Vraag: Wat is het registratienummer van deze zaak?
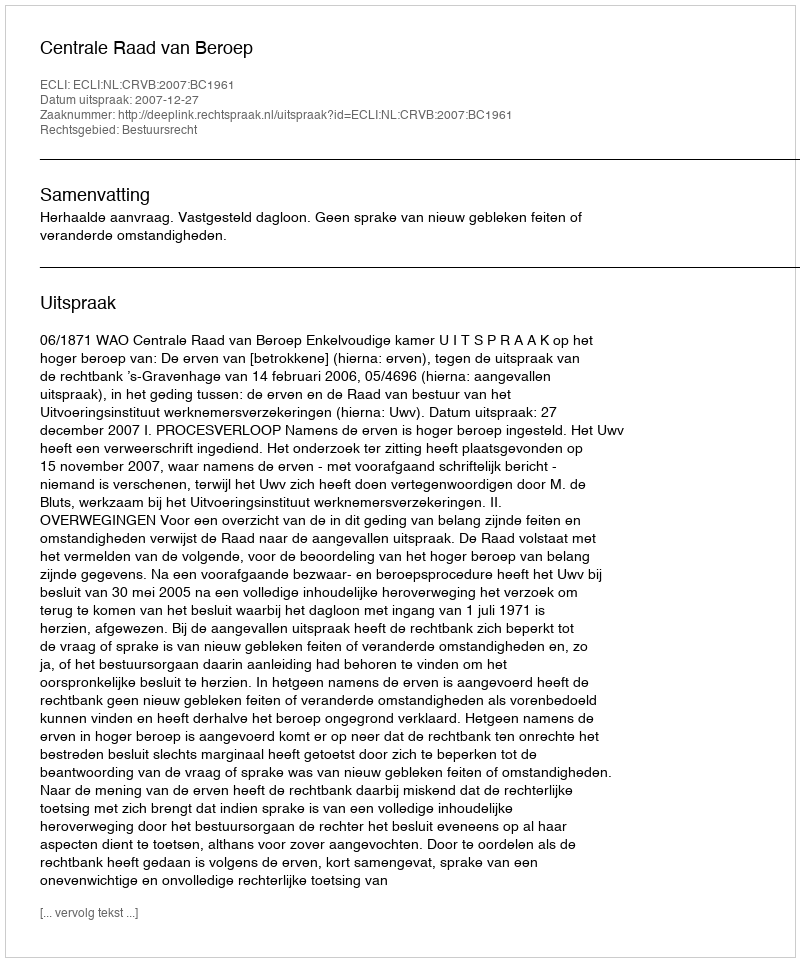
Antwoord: http://deeplink.rechtspraak.nl/uitspraak?id=ECLI:NL:CRVB:2007:BC1961